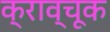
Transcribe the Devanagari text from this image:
क्राव्चूक